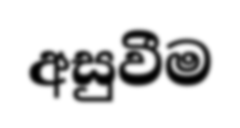
අසුවීම